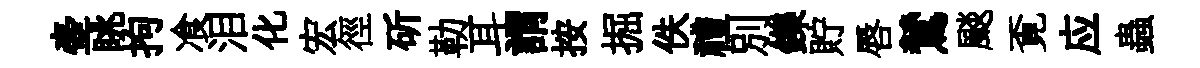
壷眺拘飡泪化宏徑斫勒耳謂按掘佚禮别鑠貯唇鷥颷覔应蟲